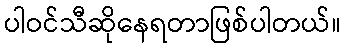
ပါဝင်သီဆိုနေရတာဖြစ်ပါတယ်။